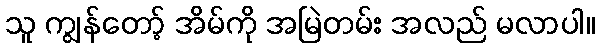
သူ ကျွန်တော့် အိမ်ကို အမြဲတမ်း အလည် မလာပါ။